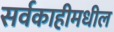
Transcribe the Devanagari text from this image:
सर्वकाहीमधील